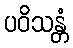
ပဝိသန္တံ